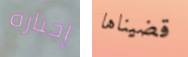
إجباره قضيناها